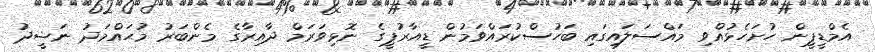
އެމްޑީޕީން ހުށަހެޅުއްވި މައްސަލައިގައި ބަހުސްކުރައްވަމުން ޑީއާރުޕީގެ ނޮޅިވަރަމް ދާއިރާގެ މެންބަރު މުޙައްމަދު ނަޝީދު